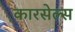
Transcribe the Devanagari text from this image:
कारसेल्स